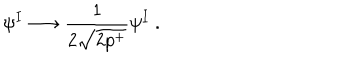
LaTeX: \psi ^ { I } \longrightarrow \frac { 1 } { 2 \sqrt { 2 p ^ { + } } } \psi ^ { I } ~ .